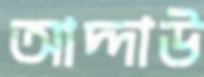
আদ্দাউ